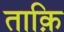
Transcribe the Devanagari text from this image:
ताक़ि